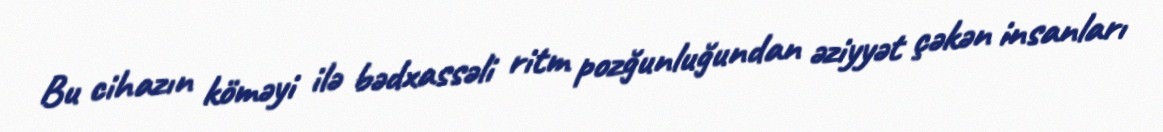
Bu cihazın köməyi ilə bədxassəli ritm pozğunluğundan əziyyət çəkən insanları